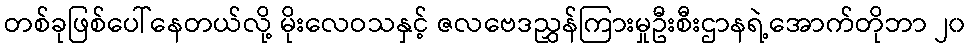
တစ်ခုဖြစ်ပေါ်နေတယ်လို့ မိုးလေဝသနှင့် ဇလဗေဒညွှန်ကြားမှုဦးစီးဌာနရဲ့အောက်တိုဘာ ၂၀